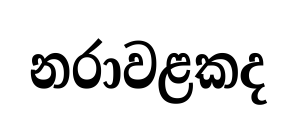
නරාවළකද